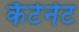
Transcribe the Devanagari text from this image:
कैटेनेट